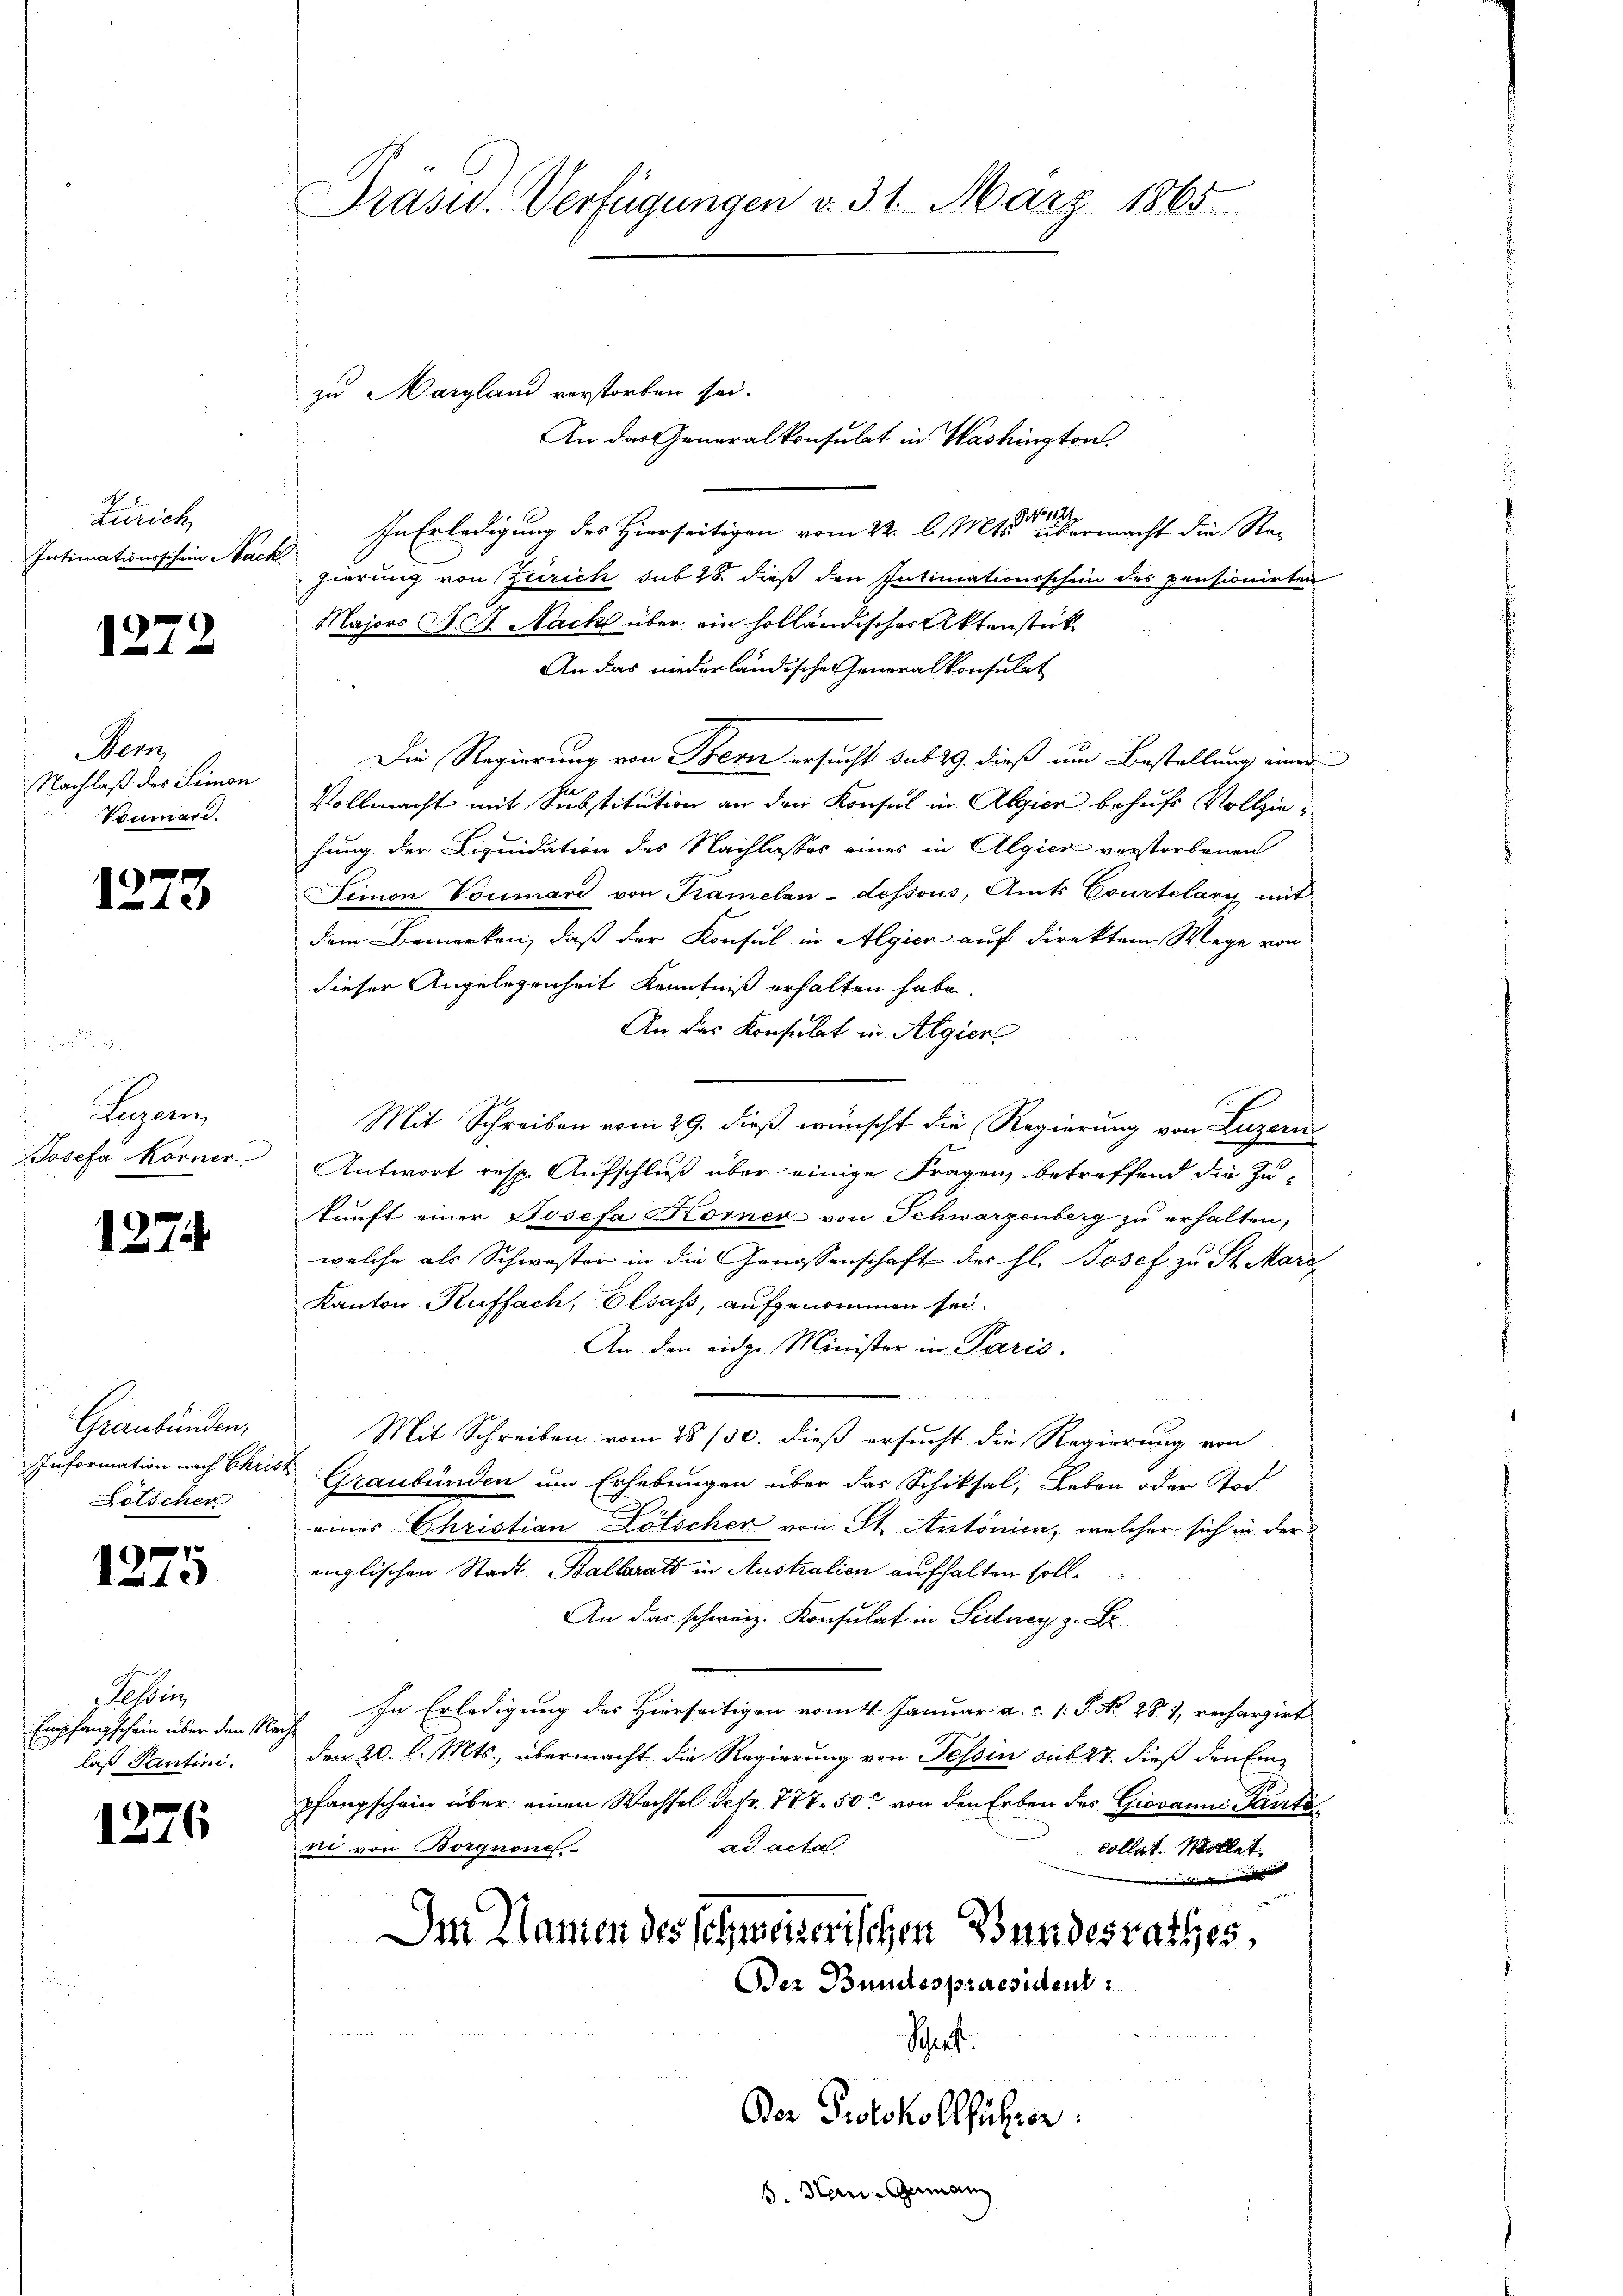
Zürich
Intimationsschein Nack

1272

em
Nachlaß des Simon
Voumari.

1273

Legen
Josefa Körner

1274

Graubünden,
IInformation nach Chris
Botscher

)
10

essen
Empfangschein über den Nalaß Pantini.

1276

Präsid.. Verfügungen v. 31. März 1865.

zu Margland verstorben sei.

1
In Erledigung des Hierseitigen vom 22. l. Mts. übermacht die Rec
gierung von Zürich sub 28. dieß den Intimationsschein des pensionirten
Majors. F. J. Nach über ein holländischer Aktenstück
An das niederländische Generalkonsulat
Die Regierung von Trenn ersucht sub 29. dieß um Bestellung einer
Vollmacht mit Substitution an den Konsul in Algier behufs Vollziehung der Liquidation des Nachlasses eines in Algier verstorbenen
Seinen Vornard von Kramelan-dessous, Amts Courtelary mit
dem Bemerken, daß der Konsul in Algier auf direktem Wege von
dieser Angelegenheit Kenntniß erhalten habe.
An das Konsulat in Algier
Mit Schreiben vom 29. dieß wünscht die Regierung von Luzern
Antwort resp. Aufschluß über einige Fragen, betreffend die Zuunft einer Josefa Körner von Schwarzenberg zu erhalten,
welche als Schwester in die Genossenschaft der hl. Josef zu St. Marc
Kanton Ruffach, Elsass, aufgenommen sei.
An den eidge Minister in Paris.
Mit Schreiben vom 28/30. dieß ersucht die Regierung von
Graubünden um Erhebungen über das Schiksal, Leben oder Tod
eines Christian Lötscher von St. Antonien, welcher sich in der
englischen Stadt Ballaratt in Australien aufhalten soll.
An das schweiz. Konsulat in Sidney, z. B.
In Erledigung des Hierseitigen vom 14. Januar a. c. s. S. N. 281, rechargirt
Den 20. d. Mts., übermacht die Regierung von Tessin sub 27. dieß den Ein-
pfangschein über einen Wechsel defr. 777. 50 von den Erben des Giovanni Tantead acta.
collat. Wollet.
do von Borgnone

Im Namen des Schweizerischen Bundesrathes
Der Bundespraesident:
e
Schnet.
Der Protokollführen.
ß. Handerman

An das Generalkonsulat in Washington

.